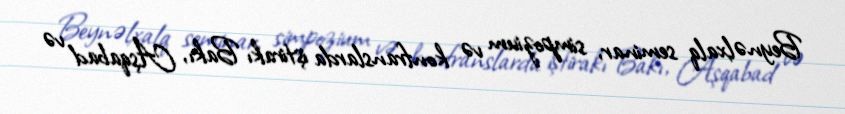
Beynəlxalq seminar, simpozium və konfranslarda iştirakı Bakı, Aşqabad və